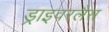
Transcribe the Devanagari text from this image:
ड्राइवरलैस